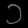
Digit: ၁